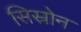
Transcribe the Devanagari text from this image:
सिस्रोन